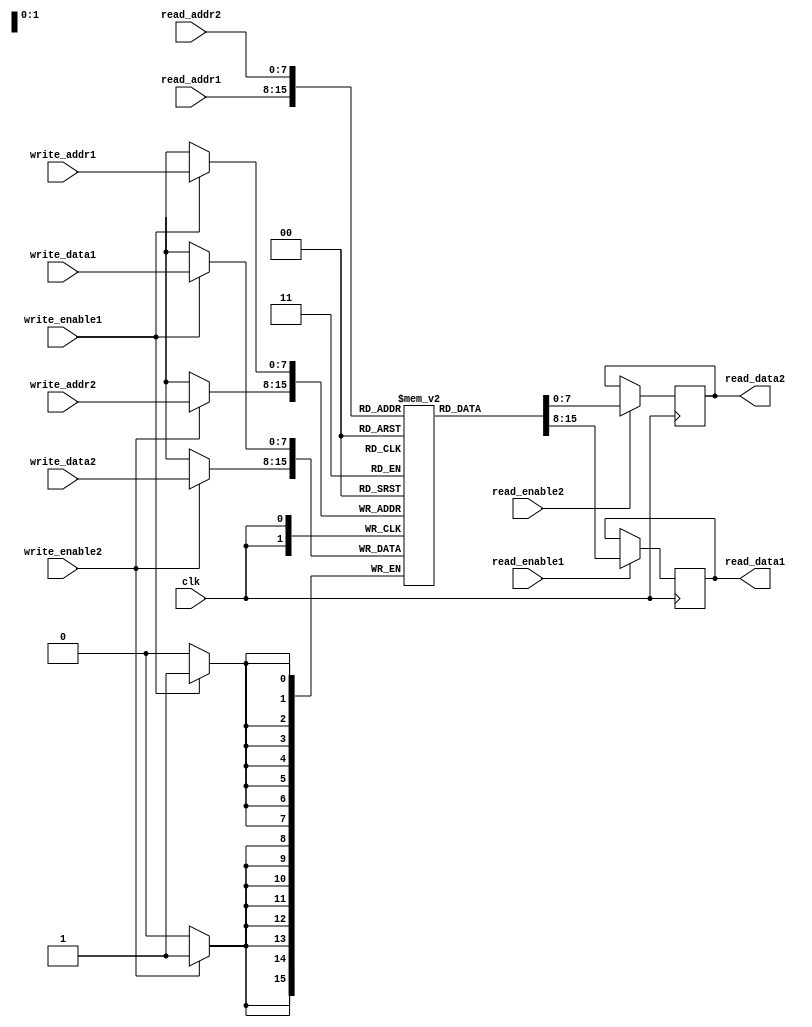
module dual_port_ram (
    input wire clk,
    input wire [7:0] read_addr1,
    input wire read_enable1,
    output reg [7:0] read_data1,
    input wire [7:0] write_addr1,
    input wire [7:0] write_data1,
    input wire write_enable1,
    
    input wire [7:0] read_addr2,
    input wire read_enable2,
    output reg [7:0] read_data2,
    input wire [7:0] write_addr2,
    input wire [7:0] write_data2,
    input wire write_enable2
);

reg [7:0] memory [0:255]; // Memory block with 256 locations

always @(posedge clk) begin
    // Read port 1
    if (read_enable1) begin
        read_data1 <= memory[read_addr1];
    end
    
    // Write port 1
    if (write_enable1) begin
        memory[write_addr1] <= write_data1;
    end
    
    // Read port 2
    if (read_enable2) begin
        read_data2 <= memory[read_addr2];
    end
    
    // Write port 2
    if (write_enable2) begin
        memory[write_addr2] <= write_data2;
    end
end

endmodule